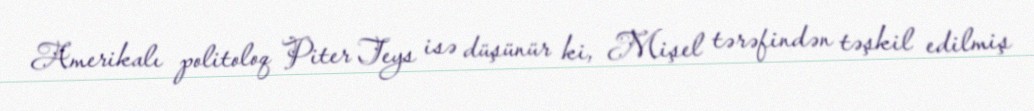
Amerikalı politoloq Piter Teys isə düşünür ki, Mişel tərəfindən təşkil edilmiş